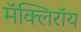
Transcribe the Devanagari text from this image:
मॅक्लिरॉय